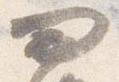
問